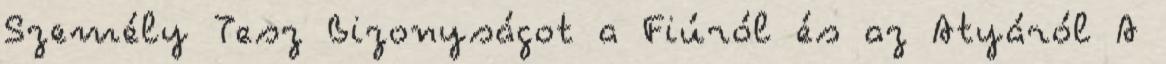
Személy Tesz Bizonyságot a Fiúról és az Atyáról A